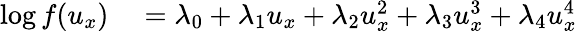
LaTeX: \begin{array}{rl}{\log f(u_{x})}&{{}=\lambda_{0}+\lambda_{1}u_{x}+\lambda_{2}u_{x}^{2}+\lambda_{3}u_{x}^{3}+\lambda_{4}u_{x}^{4}}\end{array}